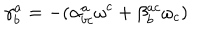
LaTeX: \mathbf { \gamma } _ { b } ^ { a } = - ( \alpha _ { b c } ^ { a } \mathbf { \omega } ^ { c } + \beta _ { b } ^ { a c } \mathbf { \omega } _ { c } )